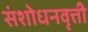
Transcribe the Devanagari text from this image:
संशोधनवृत्ती